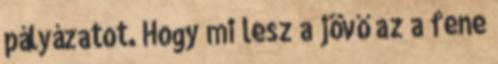
pályázatot. Hogy mi lesz a jövő az a fene